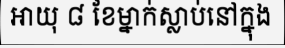
អាយុ ៨ ខែម្នាក់ស្លាប់នៅក្នុង